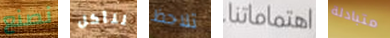
نصنع لنأكل تلاحظ اهتماماتنا متبادلة